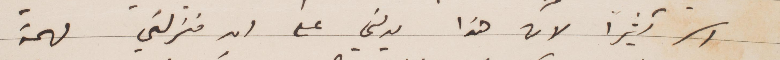
الا كثيرًا لن يدلني على ان منزلتي مهمة